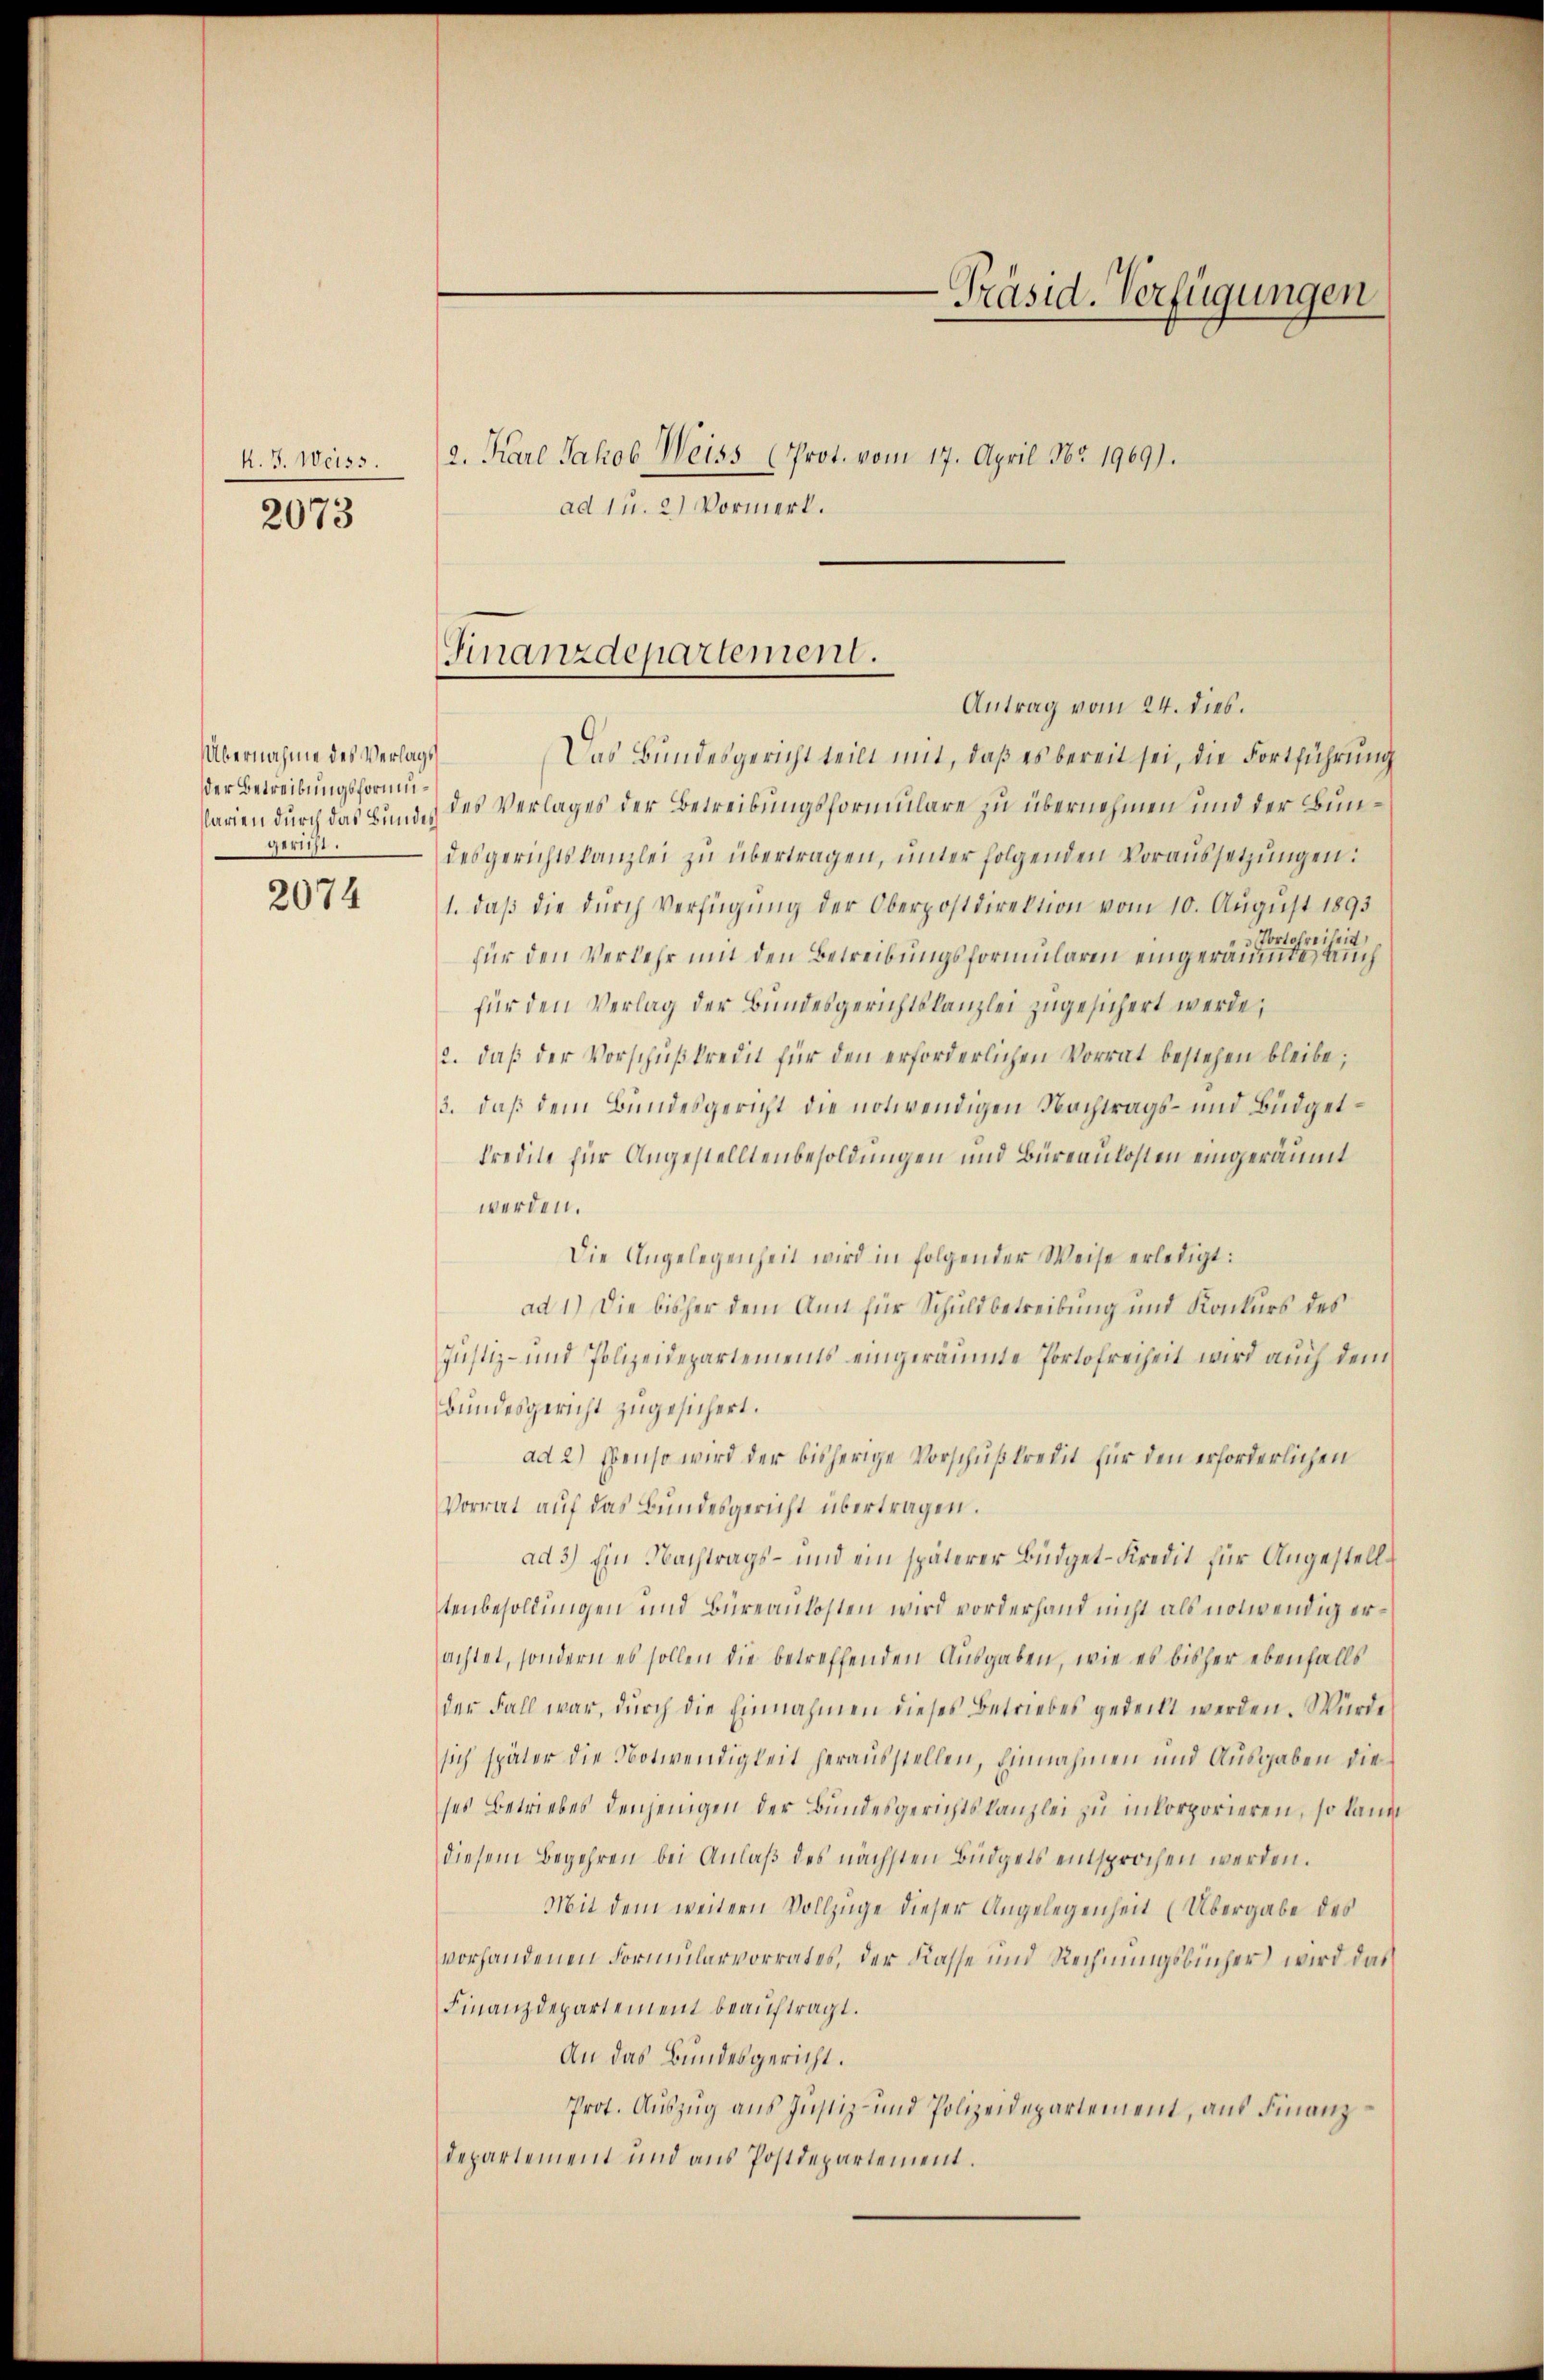
k. J. Weiss.
2073

Übernahme des Verlags
der Betreibungsformugericht.

2074

2. Karl Jakob Weiss (Prot. vom 17. April Nr. 1969).
ad 1. 2.) Vormerk.

Finanzdepartement.
Antrag vom 24. dies.

Das Bundesgericht teilt mit, daß es bereit sei, die Fortführung
parien durch das Bund, des Verlages der Betreibungsformulare zu übernehmen und der Bundesgerichtskanzlei zŭ übertragen, unter folgenden Voraussetzŭngen:
1. daβ die dŭrch Verfügŭng der Oberpostdirektion vom 10. Aŭgŭst 1893
Vortofreiheit,
für den Verkehr mit den Betreibungsformularen eingeräumte auch
für den Verlag der Bundesgerichtskanzlei zugesichert werde,
2. daβ der Vorschŭβkredit für den erforderlichen Vorrat bestehen bleibe;
3. daß dem Bundesgericht die notwendigen Nachtrags- und Büdget¬
Predite für Angestelltenbesoldungen und Büreaukosten eingeräumt
werden.
Die Angelegenheit wird in folgender Weise erledigt:
ad 1.) Die bisher dem Amt für Schuldbetreibung und Konkurs des
Justiz- und Polizeidepartements eingeräumte Portofreiheit wird auch dem
Bundesgericht zugesichert.
ad 2.) Ebenso wird der bisherige Vorschußkredit für den erforderlichen
Vorrat auf das Bundesgericht übertragen.
ad 3) Ein Nachtrags- und ein späterer Büdget-Kredit für Angestelltenbesoldungen und Büreaulosten wird vorderhand nicht als notwendig erachtet, sondern es sollen die betreffenden Ausgaben, wie es bisher ebenfalls
der Fall war, dŭrch die Einnahmen dieses Betriebes gedeckt werden. Würde
sich später die Notwendigkeit herausstellen, Einnahmen und Ausgaben die
ses Betriebes denjenigen der Bundesgerichtskanzlei zu inkorporieren, so kannt
diesem Begehren bei Anlaβ des nächsten Büdgets entsprochen werden.
Mit dem weitern Vollzüge dieser Angelegenheit (Übergabe des
vorhandenen Formularvorrates, der Kasse und Rechnungsbücher wird das
Finanzdepartement beauftragt.
An das Bundesgericht.
Prot. Auszug aus Justiz- und Polizeidepartement, auf Finanzdepartement und aus Postdepartement.

-Präsid. Verfügungen